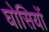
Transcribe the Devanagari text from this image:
घोसियों